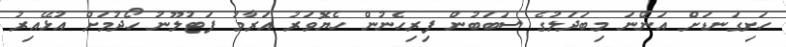
ހަށިގަނޑަށް އަންނަ މިބަދަލުގެ ސަބަބުން ފިރިހެނުން ހެޔޮވަރު އަރާމު ފަޓުލޫނު ހޯދުމަށް އުޅޭއިރު